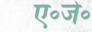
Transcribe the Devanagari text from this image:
ए॰जे॰